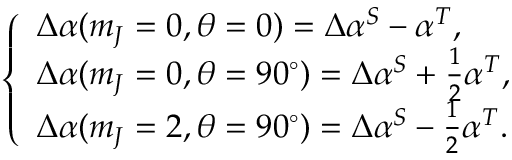
\left\{ \begin{array} { l l } { \Delta \alpha ( m _ { J } = 0 , \theta = 0 ) = \Delta \alpha ^ { S } - \alpha ^ { T } , } \\ { \Delta \alpha ( m _ { J } = 0 , \theta = 9 0 ^ { \circ } ) = \Delta \alpha ^ { S } + \frac { 1 } { 2 } \alpha ^ { T } , } \\ { \Delta \alpha ( m _ { J } = 2 , \theta = 9 0 ^ { \circ } ) = \Delta \alpha ^ { S } - \frac { 1 } { 2 } \alpha ^ { T } . } \end{array} \right.